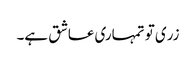
زری تو تمہاری عاشق ہے۔